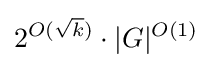
2^{O({\sqrt {k}})}\cdot |G|^{O(1)}